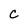
Character: C